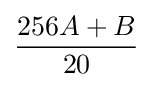
{\frac {256A+B}{20}}